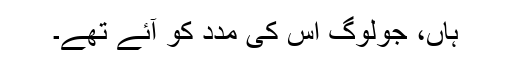
ہاں، جولوگ اس کی مدد کو آئے تھے۔